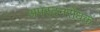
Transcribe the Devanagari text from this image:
अपरदनरोधक